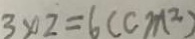
3 \times 2 = 6 ( c m ^ { 2 } )